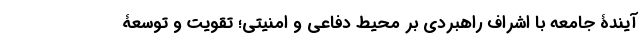
آیندۀ جامعه با اشراف راهبردی بر محیط دفاعی و امنیتی؛ تقویت و توسعۀ